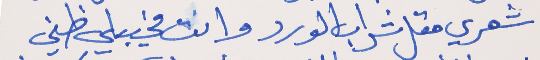
شعري متل شراب الورد     وانت مخيبلي ظني